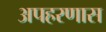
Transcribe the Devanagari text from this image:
अपहरणास